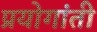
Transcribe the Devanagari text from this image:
प्रयोगांती